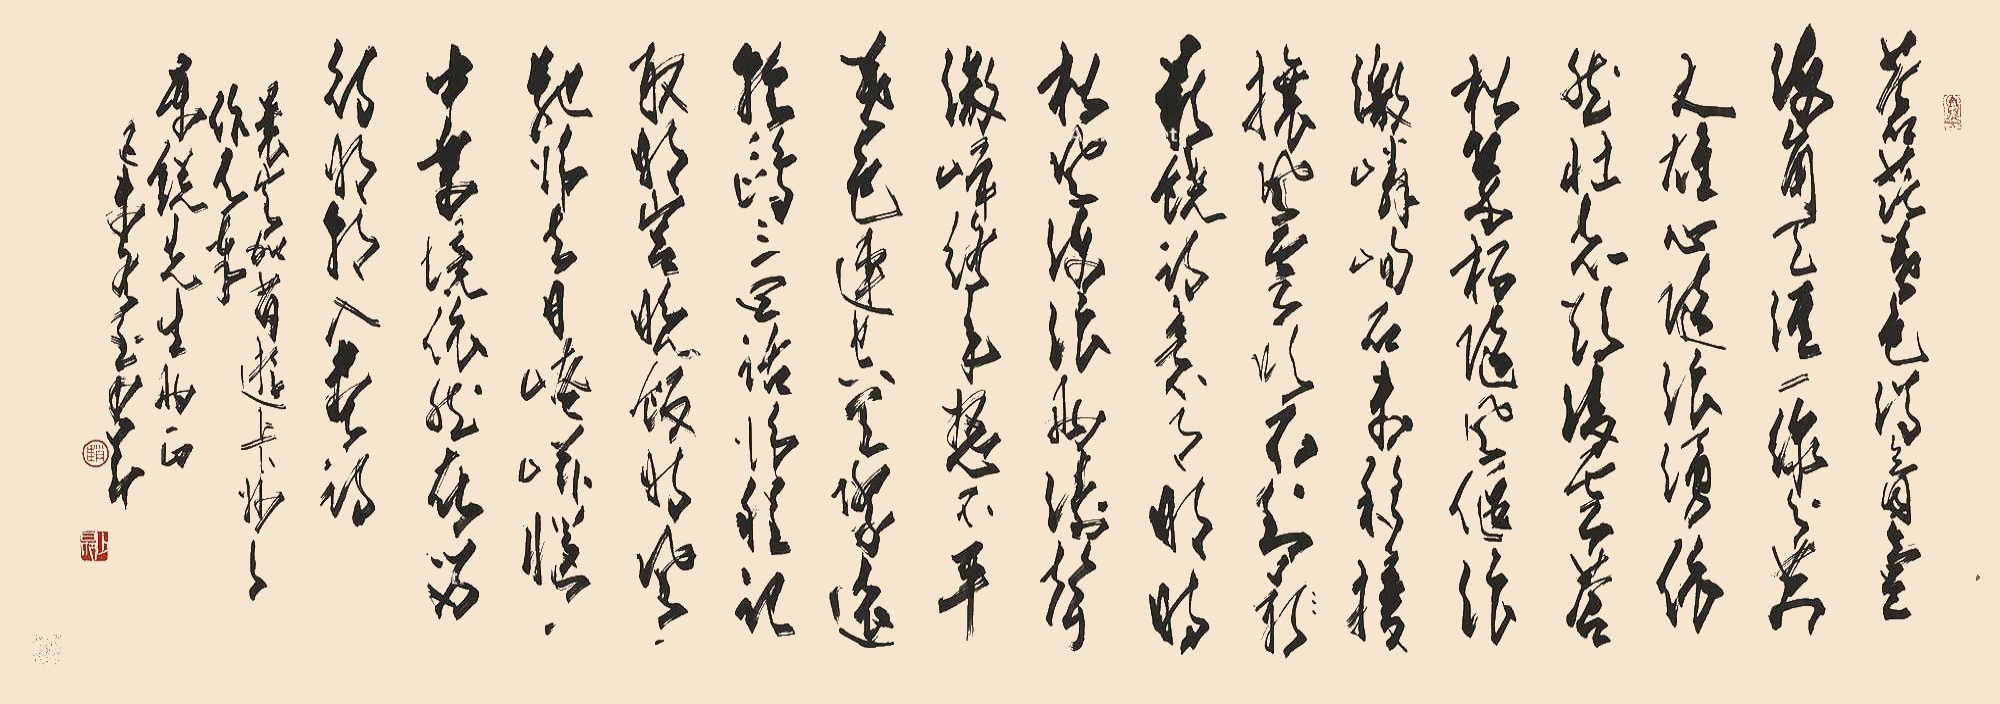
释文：苍茫暮色满氤氲，海角天涯一线分。万丈雄心随浪涌，依然壮志欲凌云。
苍松翠柏随风偃，浪激嶙峋石未移。扰攘风云吹不到，最饶诗意天明时。
松风海浪两涛声，激岸终年怒不平。暮色连空天际远，轻鸥三四话归程。
记取明宫晚饭时，风驰归去目崦嵫。脑中乐境依然在，留待明朝入画诗。曩客加省游卡妙之作，书奉景锐先生两正。己未（1979年）冬至，少昂。